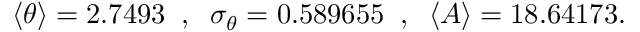
\begin{array} { r } { \langle \theta \rangle = 2 . 7 4 9 3 \; \; , \; \; \sigma _ { \theta } = 0 . 5 8 9 6 5 5 \; \; , \; \; \langle A \rangle = 1 8 . 6 4 1 7 3 . } \end{array}